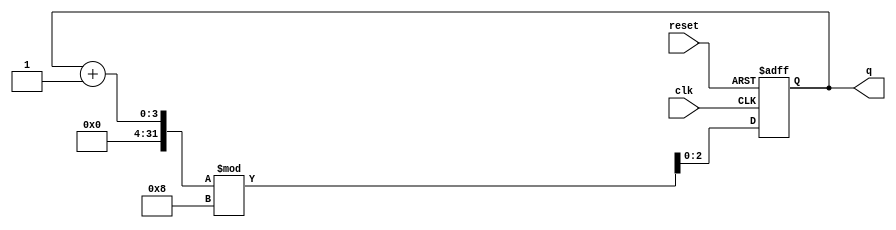
module binary_counter (
    input wire clk,        // Clock input
    input wire reset,      // Asynchronous reset input
    output reg [2:0] q     // 3-bit output representing the current state
);

    // Initial state
    initial begin
        q = 3'b000; // Initialize counter to 0 at the start
    end

    // Always block for the counter functionality
    always @(posedge clk or posedge reset) begin
        if (reset) begin
            q <= 3'b000; // Reset state to 0
        end else begin
            q <= (q + 1) % 8; // Increment and wrap around after 7
        end
    end
endmodule